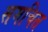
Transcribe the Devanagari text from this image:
समचित